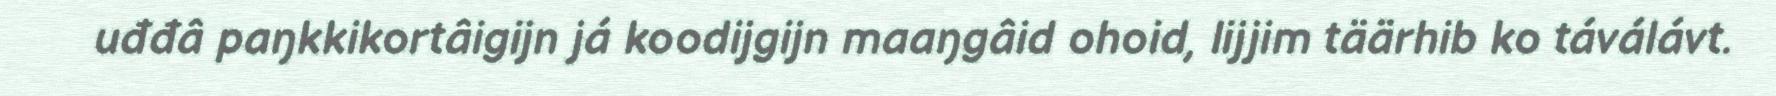
uđđâ paŋkkikortâigijn já koodijgijn maaŋgâid ohoid, lijjim täärhib ko táválávt.